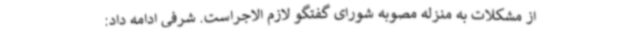
از مشکلات به منزله مصوبه شورای گفتگو لازم الاجراست. شرفی ادامه داد: